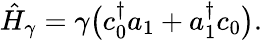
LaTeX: \begin{array}{r}{\hat{H}_{\gamma}=\gamma\big(c_{0}^{\dagger}a_{1}+a_{1}^{\dagger}c_{0}\big).}\end{array}